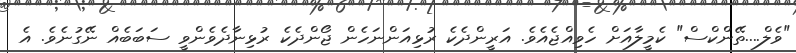
"ވެލް....ތޭންކްސް" ކެމީލާއަށް ހެވިއްޖެއެވެ. އަރީންދެކެ ރުޅިއަންނަހެން ޖޯންދެކެ ރުޅިނާދެވެންވީ ސަބަބެއް ނޭގުނެވެ. އެ